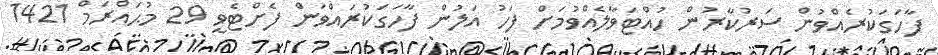
ފާހަގަކުރެއްވުން ސަރުކާރުން ހުއްޓަވާލެއްވުމަށް ފަހު އަލުން ފާހަގަކުރައްވަން ފެށްޓެވީ 29 މުޙައްރަމް 1421